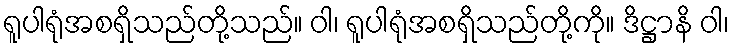
ရူပါရုံအစရှိသည်တို့သည်။ ဝါ၊ ရူပါရုံအစရှိသည်တို့ကို။ ဒိဋ္ဌာနိ ဝါ၊